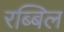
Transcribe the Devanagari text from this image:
रब्बिल